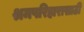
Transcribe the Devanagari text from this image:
श्रमपरिहारासाठी